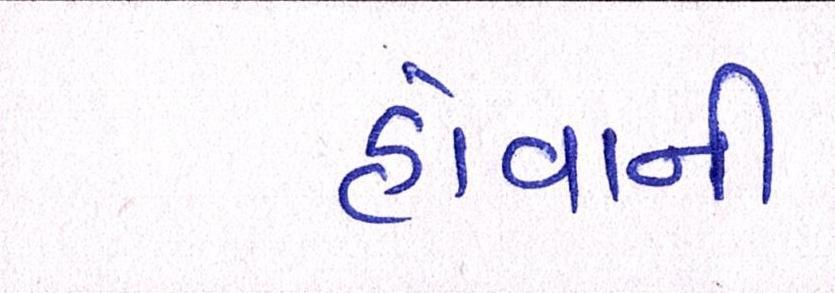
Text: હોવાની